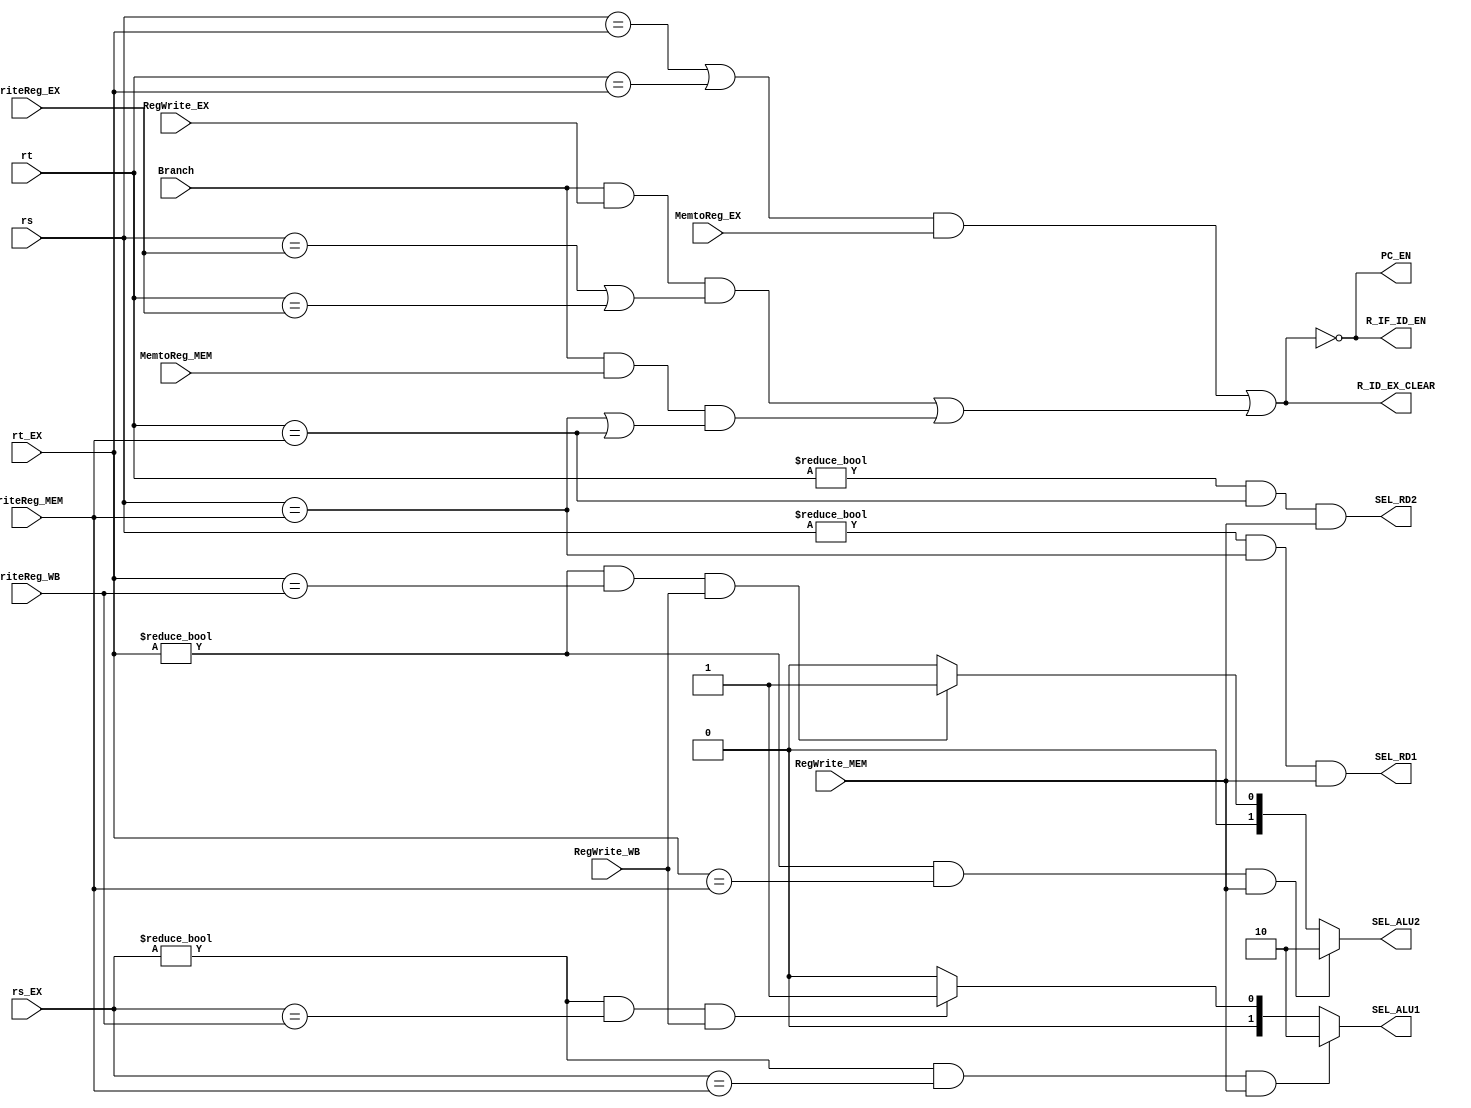
`timescale 1ns / 1ps
//////////////////////////////////////////////////////////////////////////////////
// Company: 
// Engineer: 
// 
// Design Name: 
// Module Name: Hazard_unit
// Project Name: 
// Target Devices: 
// Tool Versions: 
// Description: 
// 
// Dependencies: 
// 
// Revision:
// Revision 0.01 - File Created
// Additional Comments:
// 
//////////////////////////////////////////////////////////////////////////////////


module Hazard_unit(         //
    input Branch,
    input MemtoReg_EX,
    input RegWrite_EX,
    input MemtoReg_MEM,
    input RegWrite_MEM,
    input RegWrite_WB,
    input [4:0] rs,rt,rs_EX,rt_EX,WriteReg_EX,WriteReg_MEM,WriteReg_WB,
    
    output PC_EN,           //pc0pc
    output R_IF_ID_EN,      //IF_ID
    output SEL_RD1,SEL_RD2,
    output R_ID_EX_CLEAR,   //ID_EX
    output [1:0] SEL_ALU1,SEL_ALU2
    );
    
    wire lw_stall,branch_stall;
    
    assign SEL_RD1 = (rs!=0) & (rs==WriteReg_MEM) & RegWrite_MEM;
    assign SEL_RD2 = (rt!=0) & (rt==WriteReg_MEM) & RegWrite_MEM;
    
    reg [1:0] SEL_ALU1_reg,SEL_ALU2_reg;
   always @(*) begin
        SEL_ALU1_reg = 2'b00;
        SEL_ALU2_reg = 2'b00;
      if((rs_EX != 0) && (rs_EX == WriteReg_MEM) && RegWrite_MEM)
           SEL_ALU1_reg = 2'b10;
      else if((rs_EX != 0) && (rs_EX == WriteReg_WB) && RegWrite_WB)
           SEL_ALU1_reg = 2'b01;
      if((rt_EX != 0) && (rt_EX == WriteReg_MEM) && RegWrite_MEM)
           SEL_ALU2_reg = 2'b10;
      else if((rt_EX != 0) && (rt_EX == WriteReg_WB) && RegWrite_WB)
           SEL_ALU2_reg =2'b01;
   end

   assign SEL_ALU1=SEL_ALU1_reg;
   assign SEL_ALU2=SEL_ALU2_reg;

 assign lw_stall = ((rs == rt_EX) | (rt == rt_EX)) & MemtoReg_EX;
 assign branch_stall = (Branch & RegWrite_EX & ((rs == WriteReg_EX) |(rt == WriteReg_EX))) | (Branch & MemtoReg_MEM & ((rs == WriteReg_MEM) |(rt == WriteReg_MEM)));
 assign PC_EN = ~(lw_stall | branch_stall);
 assign R_IF_ID_EN = ~(lw_stall | branch_stall);
 assign R_ID_EX_CLEAR = lw_stall | branch_stall;
    
    
endmodule